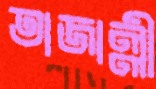
তাজাল্লী